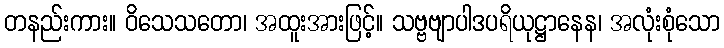
တနည်းကား။ ဝိသေသတော၊ အထူးအားဖြင့်။ သဗ္ဗဗျာပါဒပရိယုဋ္ဌာနေန၊ အလုံးစုံသော